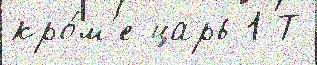
кро́м'е царь 1 Т